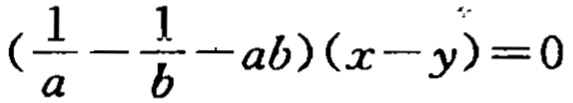
$\left(\frac{1}{a}-\frac{1}{b}-ab\right)(x - y)=0$